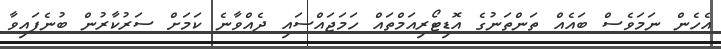
އެހެން ނަމަވެސް ބައެއް ތަންތަނުގެ އޮޑިޓޯރިއަމްތައް ހަމަޖައްސައި ދެއްވާނެ ކަމަށް ސަރުކާރުން ބުނެފައިވާ